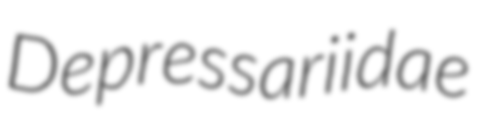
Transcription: Depressariidae